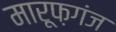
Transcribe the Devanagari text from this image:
मारूफ़गंज